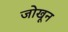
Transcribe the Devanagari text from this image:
जोखून